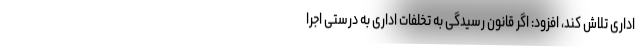
اداری تلاش کند، افزود: اگر قانون رسیدگی به تخلفات اداری به درستی اجرا